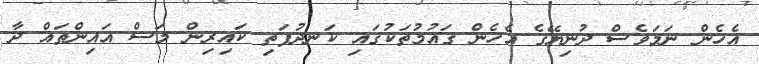
އެހެން ނަމަވެސް ދުނިޔޭގެ އެހެން ގައުމުތަކުގައި ކަނދުފަތި ކައިރިން މަސް އައިންތައް ދާ